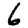
Digit: 6